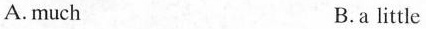
A.much B.a little